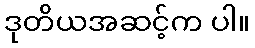
ဒုတိယအဆင့်က ပါ။